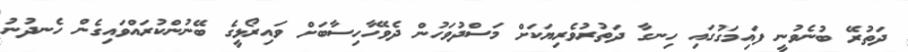
ދަތުރޭ ބުނެވުނީ ފައިމަގުގައި ހިނގާ ދަތުރުވެރިޔަކަށް މަސްދުވަހުން ދެވޭހާހިސާބަށް ވައިރޯޅީގެ ބޭނުންކުރައްވައިގެން ހެނދުނު